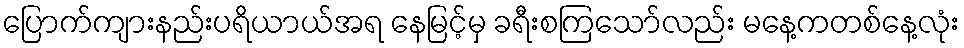
ပြောက်ကျားနည်းပရိယာယ်အရ နေမြင့်မှ ခရီးစကြသော်လည်း မနေ့ကတစ်နေ့လုံး